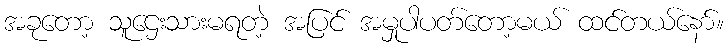
အခုတော့ သူဌေးသားမရတဲ့ အပြင် အမှုပါပတ်တော့မယ် ထင်တယ်နော်။